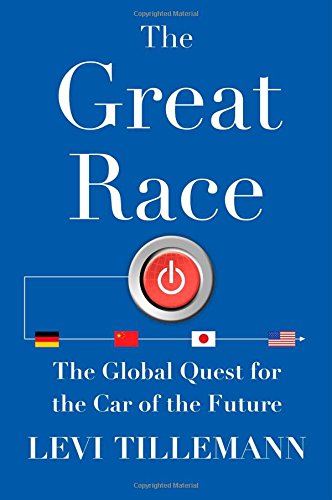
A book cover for The Great Race: The Global Quest for the Car of the Future; Levi Tillemann; Engineering & Transportation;